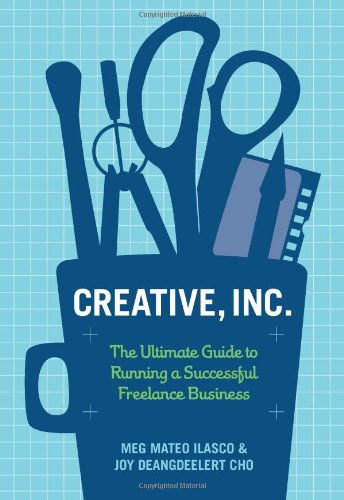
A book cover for Creative, Inc.: The Ultimate Guide to Running a Successful Freelance Business; Joy Deangdeelert Cho; Arts & Photography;